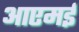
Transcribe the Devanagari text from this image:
आएमई